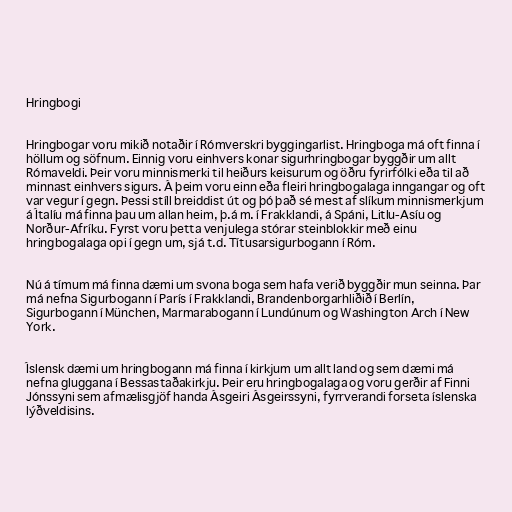
Hringbogi

Hringbogar voru mikið notaðir í Rómverskri byggingarlist. Hringboga má oft finna í
höllum og söfnum. Einnig voru einhvers konar sigurhringbogar byggðir um allt
Rómaveldi. Þeir voru minnismerki til heiðurs keisurum og öðru fyrirfólki eða til að
minnast einhvers sigurs. Á þeim voru einn eða fleiri hringbogalaga inngangar og oft
var vegur í gegn. Þessi stíll breiddist út og þó það sé mest af slíkum minnismerkjum
á Ítalíu má finna þau um allan heim, þ.á m. í Frakklandi, á Spáni, Litlu-Asíu og
Norður-Afríku. Fyrst voru þetta venjulega stórar steinblokkir með einu
hringbogalaga opi í gegn um, sjá t.d. Títusarsigurbogann í Róm.

Nú á tímum má finna dæmi um svona boga sem hafa verið byggðir mun seinna. Þar
má nefna Sigurbogann í París í Frakklandi, Brandenborgarhliðið í Berlín,
Sigurbogann í München, Marmarabogann í Lundúnum og Washington Arch í New
York.

Íslensk dæmi um hringbogann má finna í kirkjum um allt land og sem dæmi má
nefna gluggana í Bessastaðakirkju. Þeir eru hringbogalaga og voru gerðir af Finni
Jónssyni sem afmælisgjöf handa Ásgeiri Ásgeirssyni, fyrrverandi forseta íslenska
lýðveldisins.